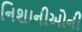
નિશાનીઓની